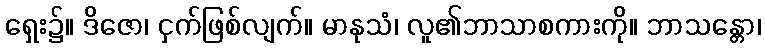
ရှေး၌။ ဒိဇော၊ ငှက်ဖြစ်လျက်။ မာနုသံ၊ လူ၏ဘာသာစကားကို။ ဘာသန္တော၊